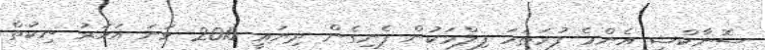
ސޮނާކްޝީ އެންމެ ފުރަތަމަ ފިލްމަކުން ފެނިގެން ދިޔައީ 2010 ވަނަ އަހަރު ނިކުތް